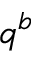
q ^ { b }